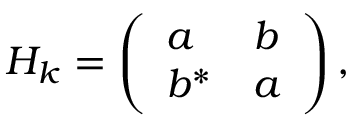
H _ { k } = \left( \begin{array} { l l } { a } & { b } \\ { b ^ { * } } & { a } \end{array} \right) ,